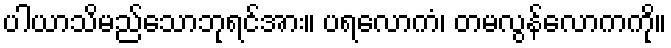
ပါယာသိမည်သောဘုရင်အား။ ပရလောကံ၊ တမလွန်လောကကို။